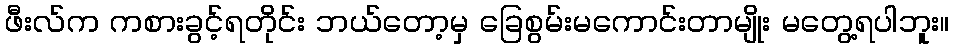
ဖီးလ်က ကစားခွင့်ရတိုင်း ဘယ်တော့မှ ခြေစွမ်းမကောင်းတာမျိုး မတွေ့ရပါဘူး။